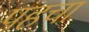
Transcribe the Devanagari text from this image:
पहचा